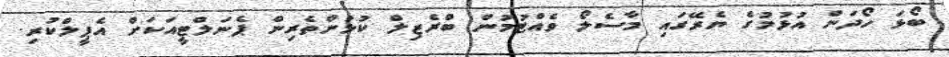
ބޯޅަ ހޯދަން އުޅުމުގެ ޔެރޭގައި މާސެލޯ ވެއްޓުމުން ބްރެޒިލް ކުޅުންތެރިން ޕެނަލްޓީއަކަށް އެޕީލްކުރި.